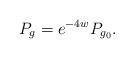
LaTeX: \begin{align*}P_g=e^{-4w}P_{g_0}.\end{align*}